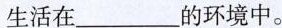
生活在___的环境中。